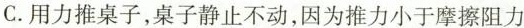
C.用力推桌子，桌子静止不动，因为推力小于摩擦阻力